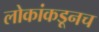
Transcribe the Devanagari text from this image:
लोकांकडूनच